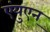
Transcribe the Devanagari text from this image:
एंयुएन्